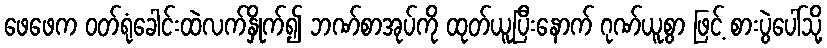
ဖေဖေက ဝတ်ရုံခေါင်းထဲလက်နှိုက်၍ ဘဏ်စာအုပ်ကို ထုတ်ယူပြီးနောက် ဂုဏ်ယူစွာ ဖြင့် စားပွဲပေါ်သို့